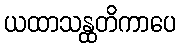
ယထာသန္ထတိကာပေ